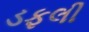
ડફલી